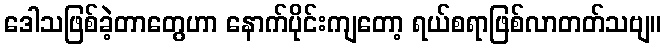
ဒေါသဖြစ်ခဲ့တာတွေဟာ နောက်ပိုင်းကျတော့ ရယ်စရာဖြစ်လာတတ်သဗျ။